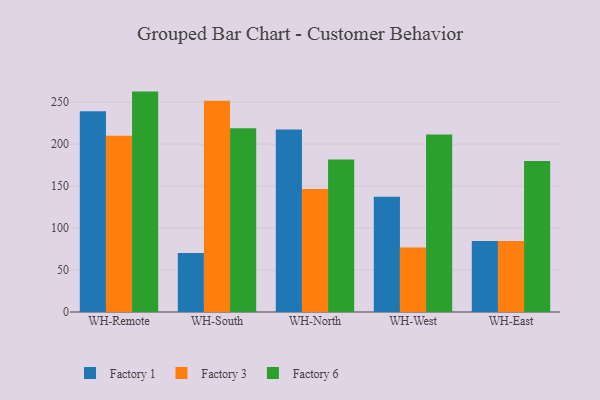
{"axis": {"x": "Warehouse", "y": "Tickets Resolved"}, "legend": ["Factory 1", "Factory 3", "Factory 6"], "data": [{"x": "WH-Remote", "y": 239.3, "type": "Factory 1"}, {"x": "WH-Remote", "y": 209.9, "type": "Factory 3"}, {"x": "WH-Remote", "y": 262.6, "type": "Factory 6"}, {"x": "WH-South", "y": 70.4, "type": "Factory 1"}, {"x": "WH-South", "y": 251.6, "type": "Factory 3"}, {"x": "WH-South", "y": 219.0, "type": "Factory 6"}, {"x": "WH-North", "y": 217.4, "type": "Factory 1"}, {"x": "WH-North", "y": 146.5, "type": "Factory 3"}, {"x": "WH-North", "y": 181.6, "type": "Factory 6"}, {"x": "WH-West", "y": 137.3, "type": "Factory 1"}, {"x": "WH-West", "y": 76.9, "type": "Factory 3"}, {"x": "WH-West", "y": 211.5, "type": "Factory 6"}, {"x": "WH-East", "y": 84.6, "type": "Factory 1"}, {"x": "WH-East", "y": 84.5, "type": "Factory 3"}, {"x": "WH-East", "y": 179.9, "type": "Factory 6"}]}